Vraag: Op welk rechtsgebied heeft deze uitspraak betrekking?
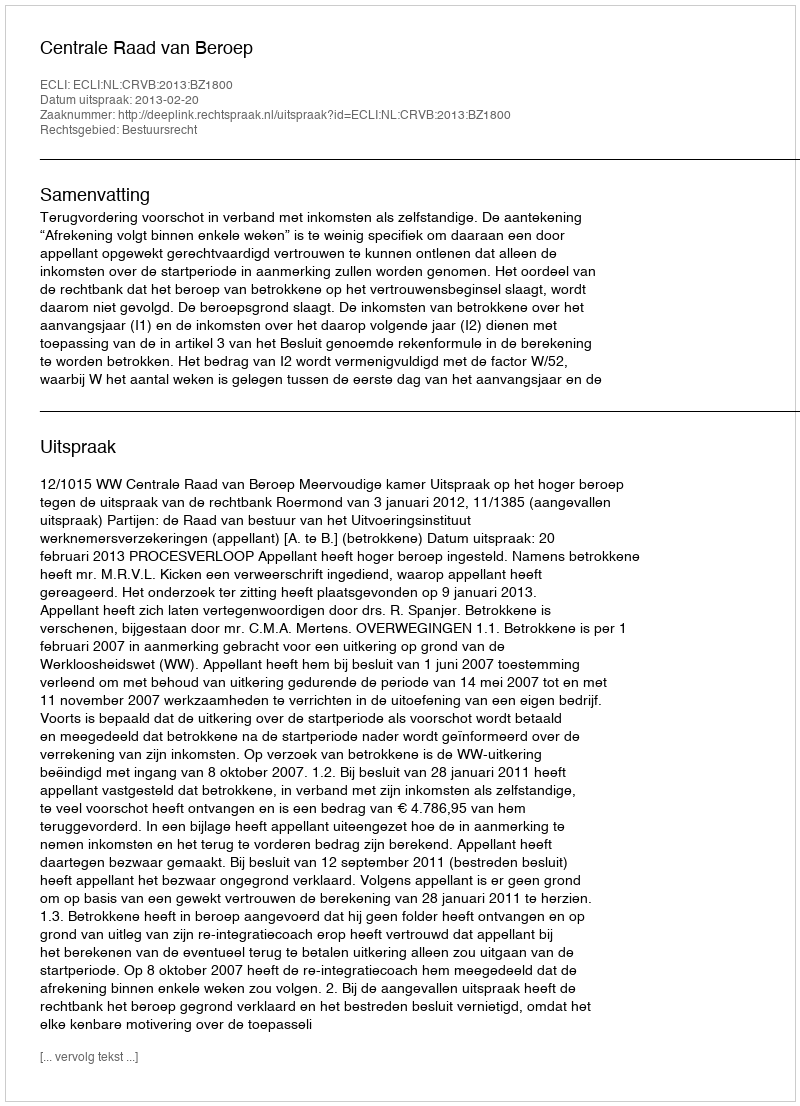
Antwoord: Bestuursrecht